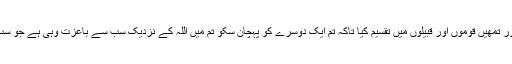
ترجمہ : اے لوگوں ہم نے تمھیں ایک مرد اور ایک عورت سے پیدا کیا اور تمھیں قوموں اور قبیلوں میں تقسیم کیا تاکہ تم ایک دوسرے کو پہچان سکو تم میں اللہ کے نزدیک سب سے باعزت وہی ہے جو سب سے زیادہ متقی ہو ‘بے شک اللہ جاننے والا اور خبر رکھنے والا ہے ۔